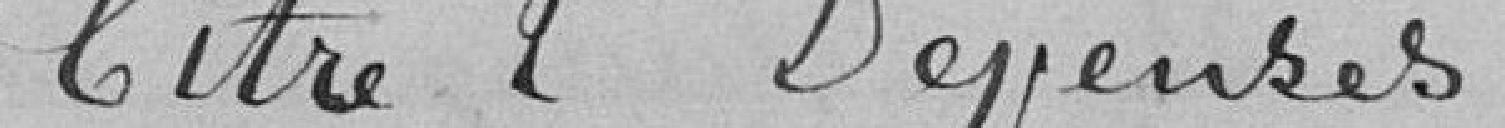
Titre 2 Dépenses